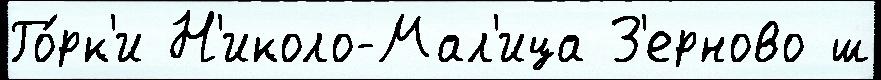
Го́рк'и Н'иколо-Мал'ица З'ерново ш